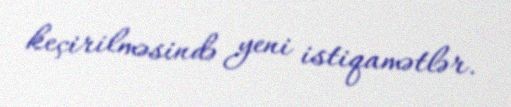
keçirilməsində yeni istiqamətlər.